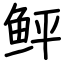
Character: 鲆